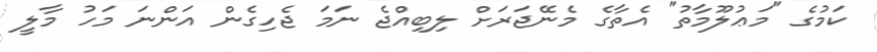
ކަމުގެ "މަޢުލޫމާތު" އެތާގެ މެނޭޖަރަށް ލިބިއްޖެ ނަމަ ޖެހިގެން އަންނަ މަހު މާލީ